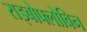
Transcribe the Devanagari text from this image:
राइबोफ्लोविन